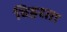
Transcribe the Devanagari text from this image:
विहरता